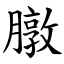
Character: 㬿